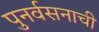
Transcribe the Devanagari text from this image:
पुनर्वसनाची